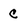
Character: C